Report on vaccination in Madras 1877-1894 - 1877-1894
Year: 1877
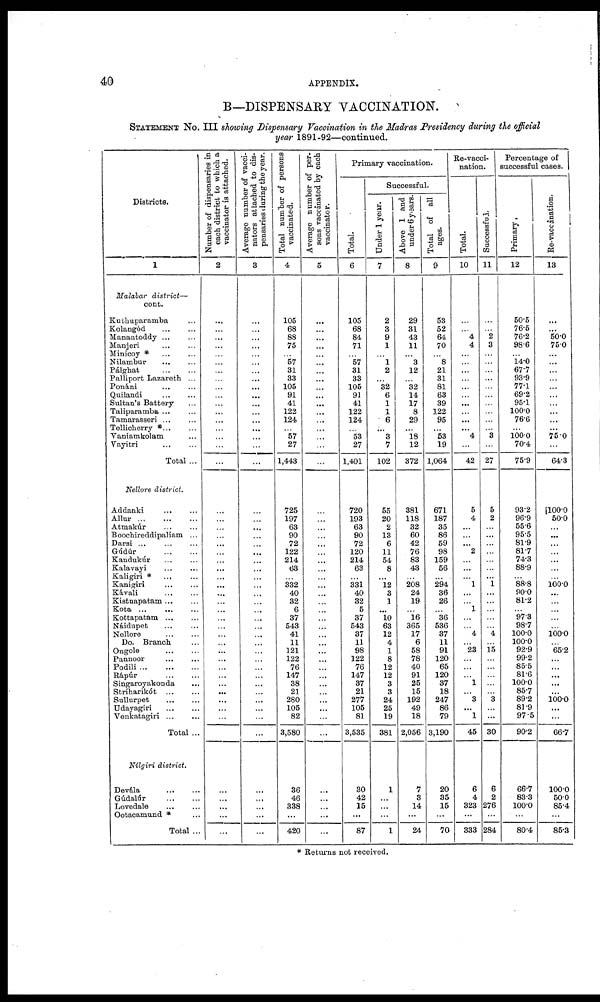
40
APPENDIX.
B—DISPENSARY VACCINATION.
STATEMENT No. III showing Dispensary Vaccination in the Madras Presidency during the official
year 1891-92—continued.
Districts.
1
Malabar district—
cont.
Kuthuparamba ...
Kolangód
...
...
Manantoddy ... ...
Manjeri ... ...
Minicoy * ... ...
Nilambur
...
...
Pálghat
...
...
Palliport Lazareth ...
Ponáni ... ...
Quilandi ... ...
Sultan's Battery ...
Taliparamba ... ...
Tamarasseri ... ...
Tellicherry *... ...
Yaniamkolam ...
Vayitri
...
...
Total ...
Nellore district.
Addanki
...
...
Allur
...
...
...
Atmakúr ... ...
Boochireddipaliam ...
Darsi
...
...
...
Gúidúr
...
...
Kandukúr ... ...
Kalavayi ... ...
Kaligiri * ... ...
Kanigiri ... ...
Kávali
...
...
Kistnapatam ... ...
Kota
...
...
...
Kottapatam ... ...
Náidupet ... ...
Nellore ... ...
Do. Branch ...
Ongole
...
...
Pannoor
...
...
Podili
...
...
...
Rápúr
...
...
Singaroyakonda ...
Stríharikót ... ...
Sullurpet
...
...
Udayagiri
...
...
Venkatagiri
...
...
Total ...
Nilgiri district.
Devála
...
...
Gúdalúr ... ...
Lovedale ... ...
Ootacamund * ...
Total ...
Number of dispensaries in
each district to which a
vaccinator is attached.
2
...
...
...
...
...
...
...
...
...
...
...
...
...
...
...
...
...
...
...
...
...
...
...
...
...
...
...
...
...
...
...
...
...
...
...
...
...
...
...
...
...
...
...
...
...
...
...
...
...
Average number of vacci-
nators attached to dis-
pensaries during the year.
3
...
...
...
...
...
...
...
...
...
...
...
...
...
...
...
...
...
...
...
...
...
...
...
...
...
...
...
...
...
...
...
...
...
...
...
...
...
...
...
...
...
...
...
...
...
...
...
...
...
Total number of persons
vaccinated.
4
105
68
88
75
...
57
31
33
105
91
41
122
124
...
57
27
1,443
725
197
63
90
72
122
214
63
...
332
40
32
6
37
543
41
11
121
122
76
147
38
21
280
105
82
3,580
36
46
338
...
420
Average number of per-
sons vaccinated by each
vaccinator.
5
...
...
...
...
...
...
...
...
...
...
...
...
...
...
...
...
...
...
...
...
...
...
...
...
...
...
...
...
...
...
...
...
...
...
...
...
...
...
...
...
...
...
...
...
...
...
...
...
...
Primary vaccination.
Total.
6
105
68
84
71
...
57
31
33
105
91
41
122
124
...
53
27
1,401
720
193
63
90
72
120
214
63
...
331
40
32
5
37
543
37
11
98
122
76
147
37
21
277
105
81
3,535
30
42
15
...
87
Successful.
Under 1 year.
7
2
3
9
1
...
1
2
...
32
6
1
1
6
...
3
7
102
55
20
2
13
6
11
54
8
...
12
3
1
...
10
63
12
4
1
8
12
12
3
3
24
25
19
381
1
...
...
...
1
Above 1 and
under by years.
8
29
31
43
11
...
3
12
...
32
14
17
8
29
...
18
12
372
381
118
32
60
42
76
83
43
...
208
24
19
...
16
365
17
6
58
78
40
91
25
15
192
49
18
2,056
7
3
14
...
24
Total of all
ages.
9
53
52
64
70
...
8
21
31
81
63
39
122
95
...
53
19
1,064
671
187
35
86
59
98
159
56
...
294
36
26
...
36
536
37
11
91
120
65
120
37
18
247
86
79
3,190
20
35
15
...
70
Re-vacci-
nation.
Total.
10
...
...
4
4
...
...
...
...
...
...
...
...
...
...
4
...
42
5
4
...
...
...
2
...
...
...
1
...
...
1
...
...
4
...
23
...
...
...
1
...
3
...
1
45
6
4
323
...
333
Successful.
11
...
...
2
3
...
...
...
...
...
...
...
...
...
...
3
...
27
5
2
...
...
...
...
...
...
...
1
...
...
...
...
...
4
...
15
...
...
...
...
...
3
...
...
30
6
2
276
...
284
Percentage of
successful cases.
Primary.
12
50.5
76.5
76.2
98.6
...
14.0
67.7
93.9
77.1
69.2
95.1
100.0
76.6
...
100.0
70.4
75.9
93.2
96.9
55.6
95.5
81.9
81.7
74.3
88.9
...
88.8
90.0
81.2
...
97.3
98.7
100.0
100.0
92.9
99.2
85.5
81.6
100.0
85.7
89.2
81.9
97.5
90.2
66.7
83.3
100.0
...
80.4
Re-vaccanation.
13
...
...
50.0
75.0
...
...
...
...
...
...
...
...
...
...
75.0
...
64.3
100.0
50.0
...
...
...
...
...
...
...
100.0
...
...
...
...
...
100.0
...
65.2
...
...
...
...
...
100.0
...
...
66.7
100.0
50.0
85.4
...
85.3
* Returns not received,